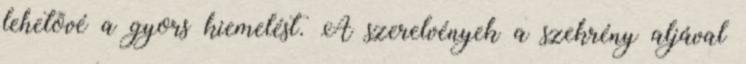
lehetõvé a gyors kiemelést. A szerelvények a szekrény aljával